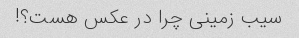
سیب زمینی چرا در عکس هست؟!